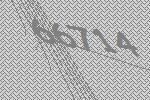
66714